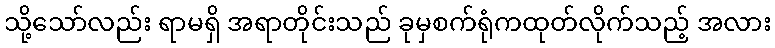
သို့သော်လည်း ရာမရှိ အရာတိုင်းသည် ခုမှစက်ရုံကထုတ်လိုက်သည့် အလား